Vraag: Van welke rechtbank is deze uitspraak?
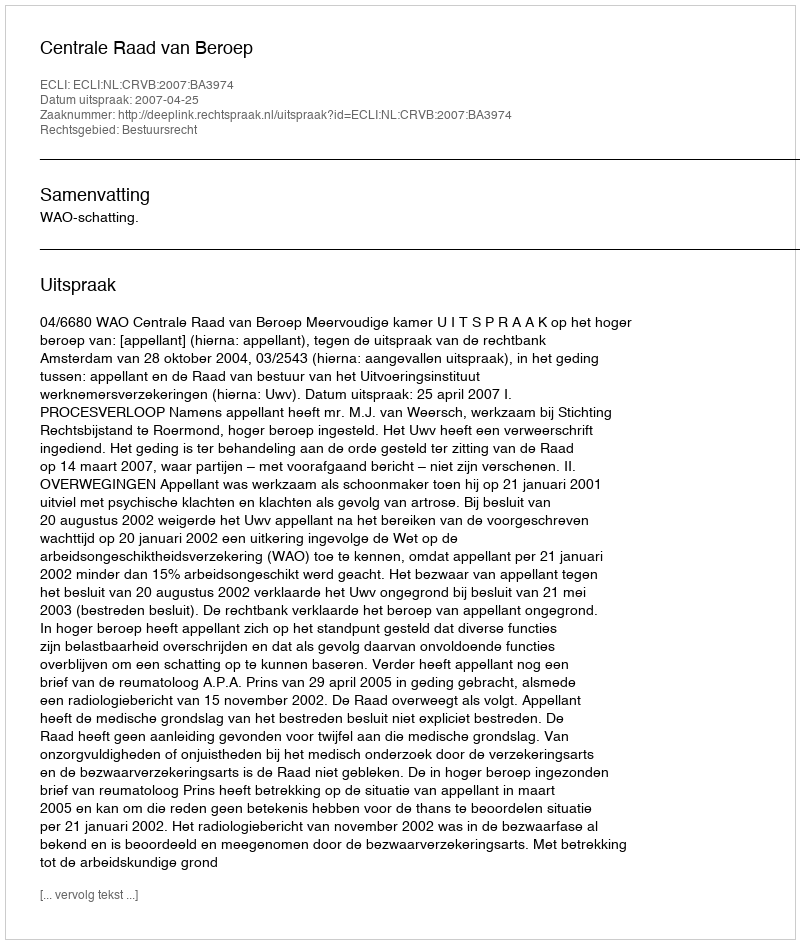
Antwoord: Centrale Raad van Beroep